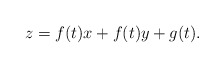
\begin{align*}z=f(t)x+f(t)y+g(t).\end{align*}